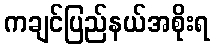
ကချင်ပြည်နယ်အစိုးရ